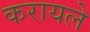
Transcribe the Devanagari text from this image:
करायले